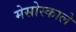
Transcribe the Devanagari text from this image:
मेसोस्काले